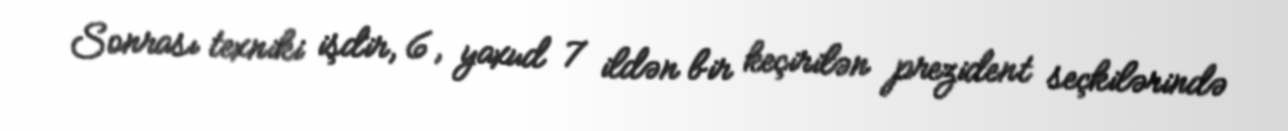
Sonrası texniki işdir, 6, yaxud 7 ildən bir keçirilən prezident seçkilərində